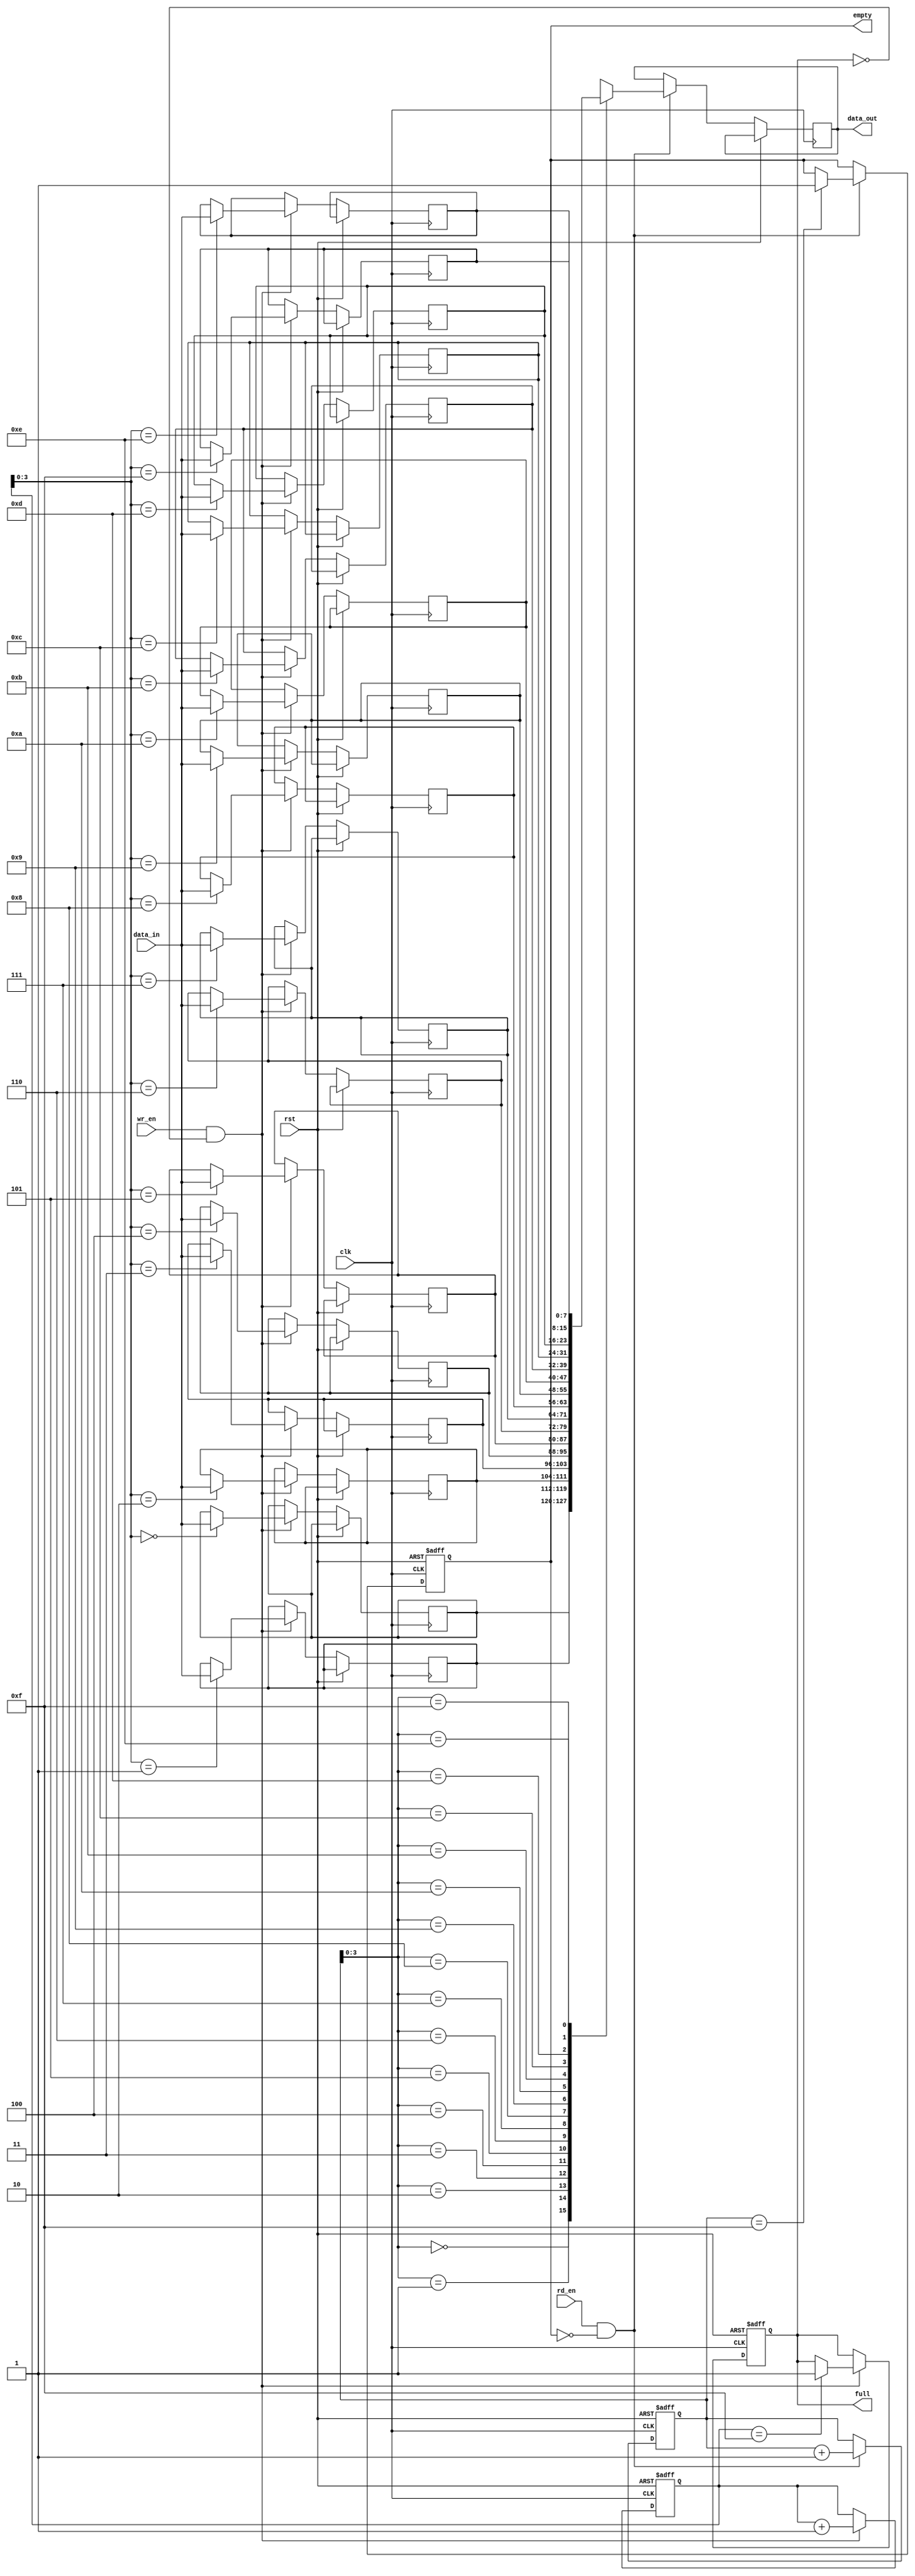
module FIFO #(
     parameter DATA_WIDTH = 8,  // Data width of the FIFO
     parameter DEPTH = 16       // Depth of the FIFO buffer
   ) (
        input wire clk,              // Clock signal
        input wire rst,              // Reset signal
        input wire wr_en,            // Write enable signal
        input wire rd_en,            // Read enable signal
        input wire [DATA_WIDTH-1:0] data_in,  // Input data
        output wire [DATA_WIDTH-1:0] data_out, // Output data
        output wire full,            // Full flag
        output wire empty            // Empty flag
    );

    reg [DATA_WIDTH-1:0] memory [DEPTH-1:0]; // FIFO memory
    reg [DATA_WIDTH-1:0] read_data;           // Data read from FIFO
    reg [DEPTH-1:0] wr_ptr, rd_ptr;           // Write and read pointers
    reg full_reg, empty_reg;                  // Full and empty flags

    // Write operation
    always @(posedge clk or posedge rst)
    begin
        if (rst)
        begin
            wr_ptr <= 0;
            full_reg <= 0;
        end
        else if (wr_en && !full_reg)
        begin
            memory[wr_ptr] <= data_in;
            wr_ptr <= wr_ptr + 1;
            if (wr_ptr == DEPTH-1)
                full_reg <= 1;
        end
    end

    // Read operation
    always @(posedge clk or posedge rst)
    begin
        if (rst)
        begin
            rd_ptr <= 0;
            empty_reg <= 1;
        end
        else if (rd_en && !empty_reg)
        begin
            read_data <= memory[rd_ptr];
            rd_ptr <= rd_ptr + 1;
            if (rd_ptr == DEPTH-1)
                empty_reg <= 1;
        end
    end

    // Assign output signals
    assign data_out = read_data;
    assign full = full_reg;
    assign empty = empty_reg;
endmodule